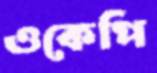
ওকেপি